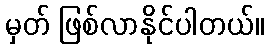
မှတ် ဖြစ်လာနိုင်ပါတယ်။